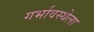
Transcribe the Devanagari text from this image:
गर्भावस्थेला